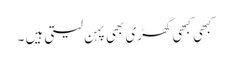
کبھی کبھی گھڑی بھی پہن لیتی ہیں ۔